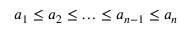
a _ { 1 } \leq a _ { 2 } \leq \ldots \leq a _ { n - 1 } \leq a _ { n }